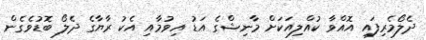
ދެލޯމެރިފައި އޮއްވާ ކުއްލިއަކަށް މާނިޝްގެ އަޑު އިވުމާއި އެކު ރާޔާގެ ދެލޯ ބޮޑުވެގެން